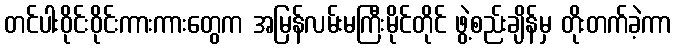
တင်ပါးဝိုင်းဝိုင်းကားကားတွေက အမြန်လမ်းမကြီးမိုင်တိုင် ဖွဲ့စည်းချိန်မှ တိုးတက်ခဲ့ကာ